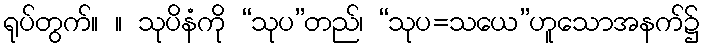
ရုပ်တွက်။ ။ သုပိနံကို “သုပ”တည်၊ “သုပ=သယေ”ဟူသောအနက်၌